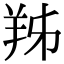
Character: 𦍜